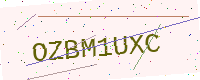
Text: OZBM1UXC